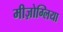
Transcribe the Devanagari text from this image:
मीज़ोग्लिया